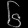
Digit: ၆